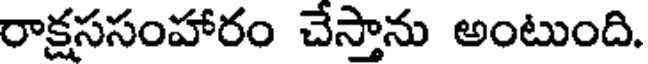
రాక్షససంహారం చేస్తాను అంటుంది.